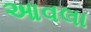
આવલા